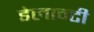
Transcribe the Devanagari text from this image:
डेलान्टी